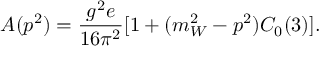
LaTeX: A ( p ^ { 2 } ) = \frac { g ^ { 2 } e } { 1 6 \pi ^ { 2 } } [ 1 + ( m _ { W } ^ { 2 } - p ^ { 2 } ) C _ { 0 } ( 3 ) ] .